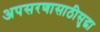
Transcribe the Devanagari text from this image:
अपसरणासाठीसुद्धा